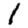
Digit: 1